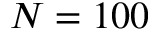
N = 1 0 0